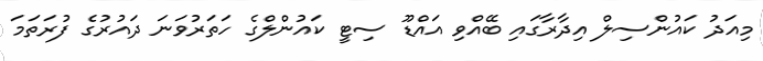
މިއަދު ކައުންސިލް އިދާރާގައި ބޭއްވި އައްޑޫ ސިޓީ ކައުންލްގެ ހަތަރުވަނަ ދައުރުގެ ފުރަތަމަ